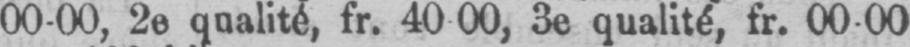
3e qualité, fr. 00-00